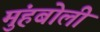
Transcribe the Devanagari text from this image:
मुंहबोली